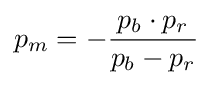
p_{m}=-{\frac {p_{b}\cdot p_{r}}{p_{b}-p_{r}}}